Report on the administration of the Government Cinchona Department 1892-98
Year: 1892
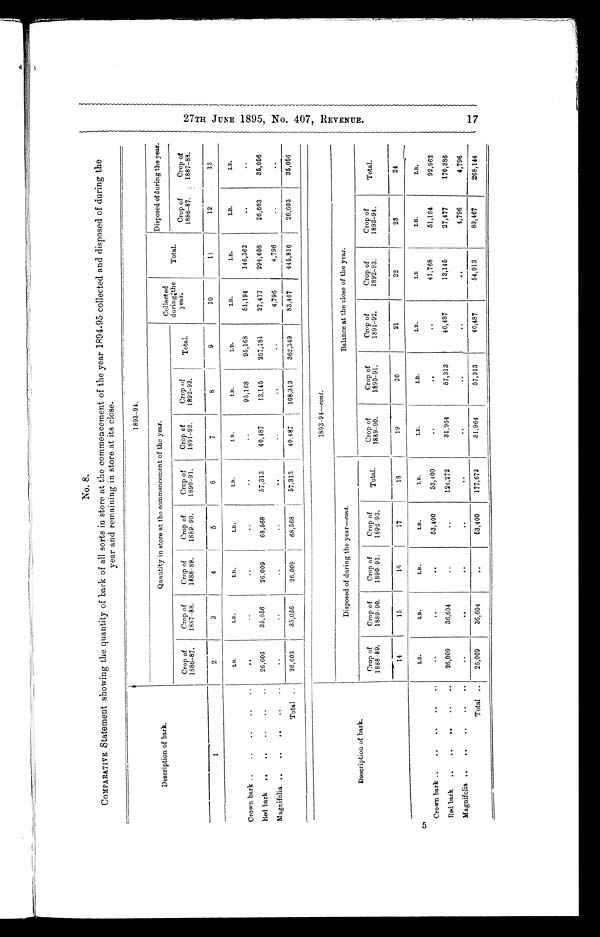
No. 8.
COMPARATIVE Statement showing the quantity of bark of all sorts in store at the commencement of the year 1894-95 collected and disposed of during the
year and remaining in store at its close.
Description of bark.
1893-94.
Quantity in store at the commencement of the year.
Collected
during; the year.
Total.
Disposed of during the year.
Crop of
1886-87.
Crop of
1887-88.
Crop of
1888-89.
Crop of
1889-90.
Crop of
1890-91.
Crop of
1891-92.
Crop of
1892-93.
Total.
Crop of
1886-87
Crop of
1887-88.
1
2
3
4
5
6
7
8
9
10
11
12
13
LB.
LB.
LB.
LB.
LB.
LB.
LB.
LB.
LB.
LB.
LB.
LB.
Crown bark ..
..
..
..
..
..
..
..
..
..
..
95,168
95,168
51,194
146,362
. .
..
Red bark
..
..
..
..
..
26,603
35,056
26,009
68,568
57,313
40,487
13,145
267,181
27,477
294,658
26,603
35,056
Magnifolia . . . . . . . . . .
..
..
..
..
..
..
..
..
4,796
4,796
..
..
Total
..
26,603
35,056
26,009
68,568
57,313
40,487
108,313
362,349
83,467
445,816
26,603
35,056
Description of bark.
1 8 9 3 - 9 4 - - c o n t .
Disposed of during the year--cont.
Balance at the close of the year.
Crop of
1888-89.
Crop of
1889-90.
Crop of
1890-91.
Crop of
1892-93.
Total.
Crop of
1889-90.
Crop of
1890-91.
Crop of
1891-92.
Crop of
1892-93.
Crop of
1893-94.
Tot al .
14
15
16
17
18
19
20
21
22
23
24
LB.
LB.
LB.
LB.
LB.
LB.
LB.
LB.
LB
LB.
LB.
Crown bark ..
..
..
..
..
..
. .
..
53,400
53,400
..
..
..
41,768
51,194
92,962
Red bark
..
..
..
..
..
26,009
36,604
. .
.. 124,272
31,964
57,313
40,487
13,145
27,477
170,386
Magnifolia
. .
. .
. .
. .
. .
..
. .
. .
..
. .
..
. .
. .
. .
4,796
4,796
Total
..
26,009
36,604
. .53,400
177,672
31,964
57,313
40,487
54,913
83,467
268,144
2 7 T H J U U N E 1 8 9 5 , N o . 4 0 7 , R E V E N U E . 1 7